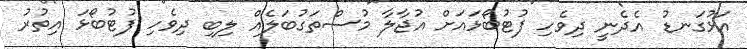
އަޅުގަނޑު އެދެނީ ދިވެހި ފުޓުބޯޅައަށް އުޖާލާ މުސްތަގުބަލެއް ލިބި ދިވެހި ފުޓުބޯޅަ އިތުރު